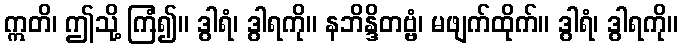
ဣတိ၊ ဤသို့ ကြံ၍။ ဒွါရံ၊ ဒွါရကို။ နဘိန္ဒိတဗ္ဗံ၊ မဖျက်ထိုက်။ ဒွါရံ၊ ဒွါရကို။